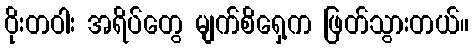
ဝိုးတဝါး အရိပ်တွေ မျက်စိရှေ့က ဖြတ်သွားတယ်။